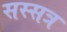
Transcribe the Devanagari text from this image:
सस्सत्र